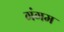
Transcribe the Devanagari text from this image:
गंगम